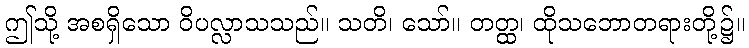
ဤသို့ အစရှိသော ဝိပလ္လာသသည်။ သတိ၊ သော်။ တတ္ထ၊ ထိုသဘောတရားတို့၌။